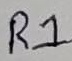
Text: R1